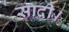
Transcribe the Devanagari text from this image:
सादी।